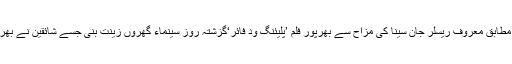
تفصیلات کے مطابق معروف ریسلر جان سینا کی مزاح سے بھرپور فلم ’پلیئنگ ود فائر‘گزشتہ روز سینماء گھروں زینت بنی جسے شائقین نے بھرپور سراہا ہے۔